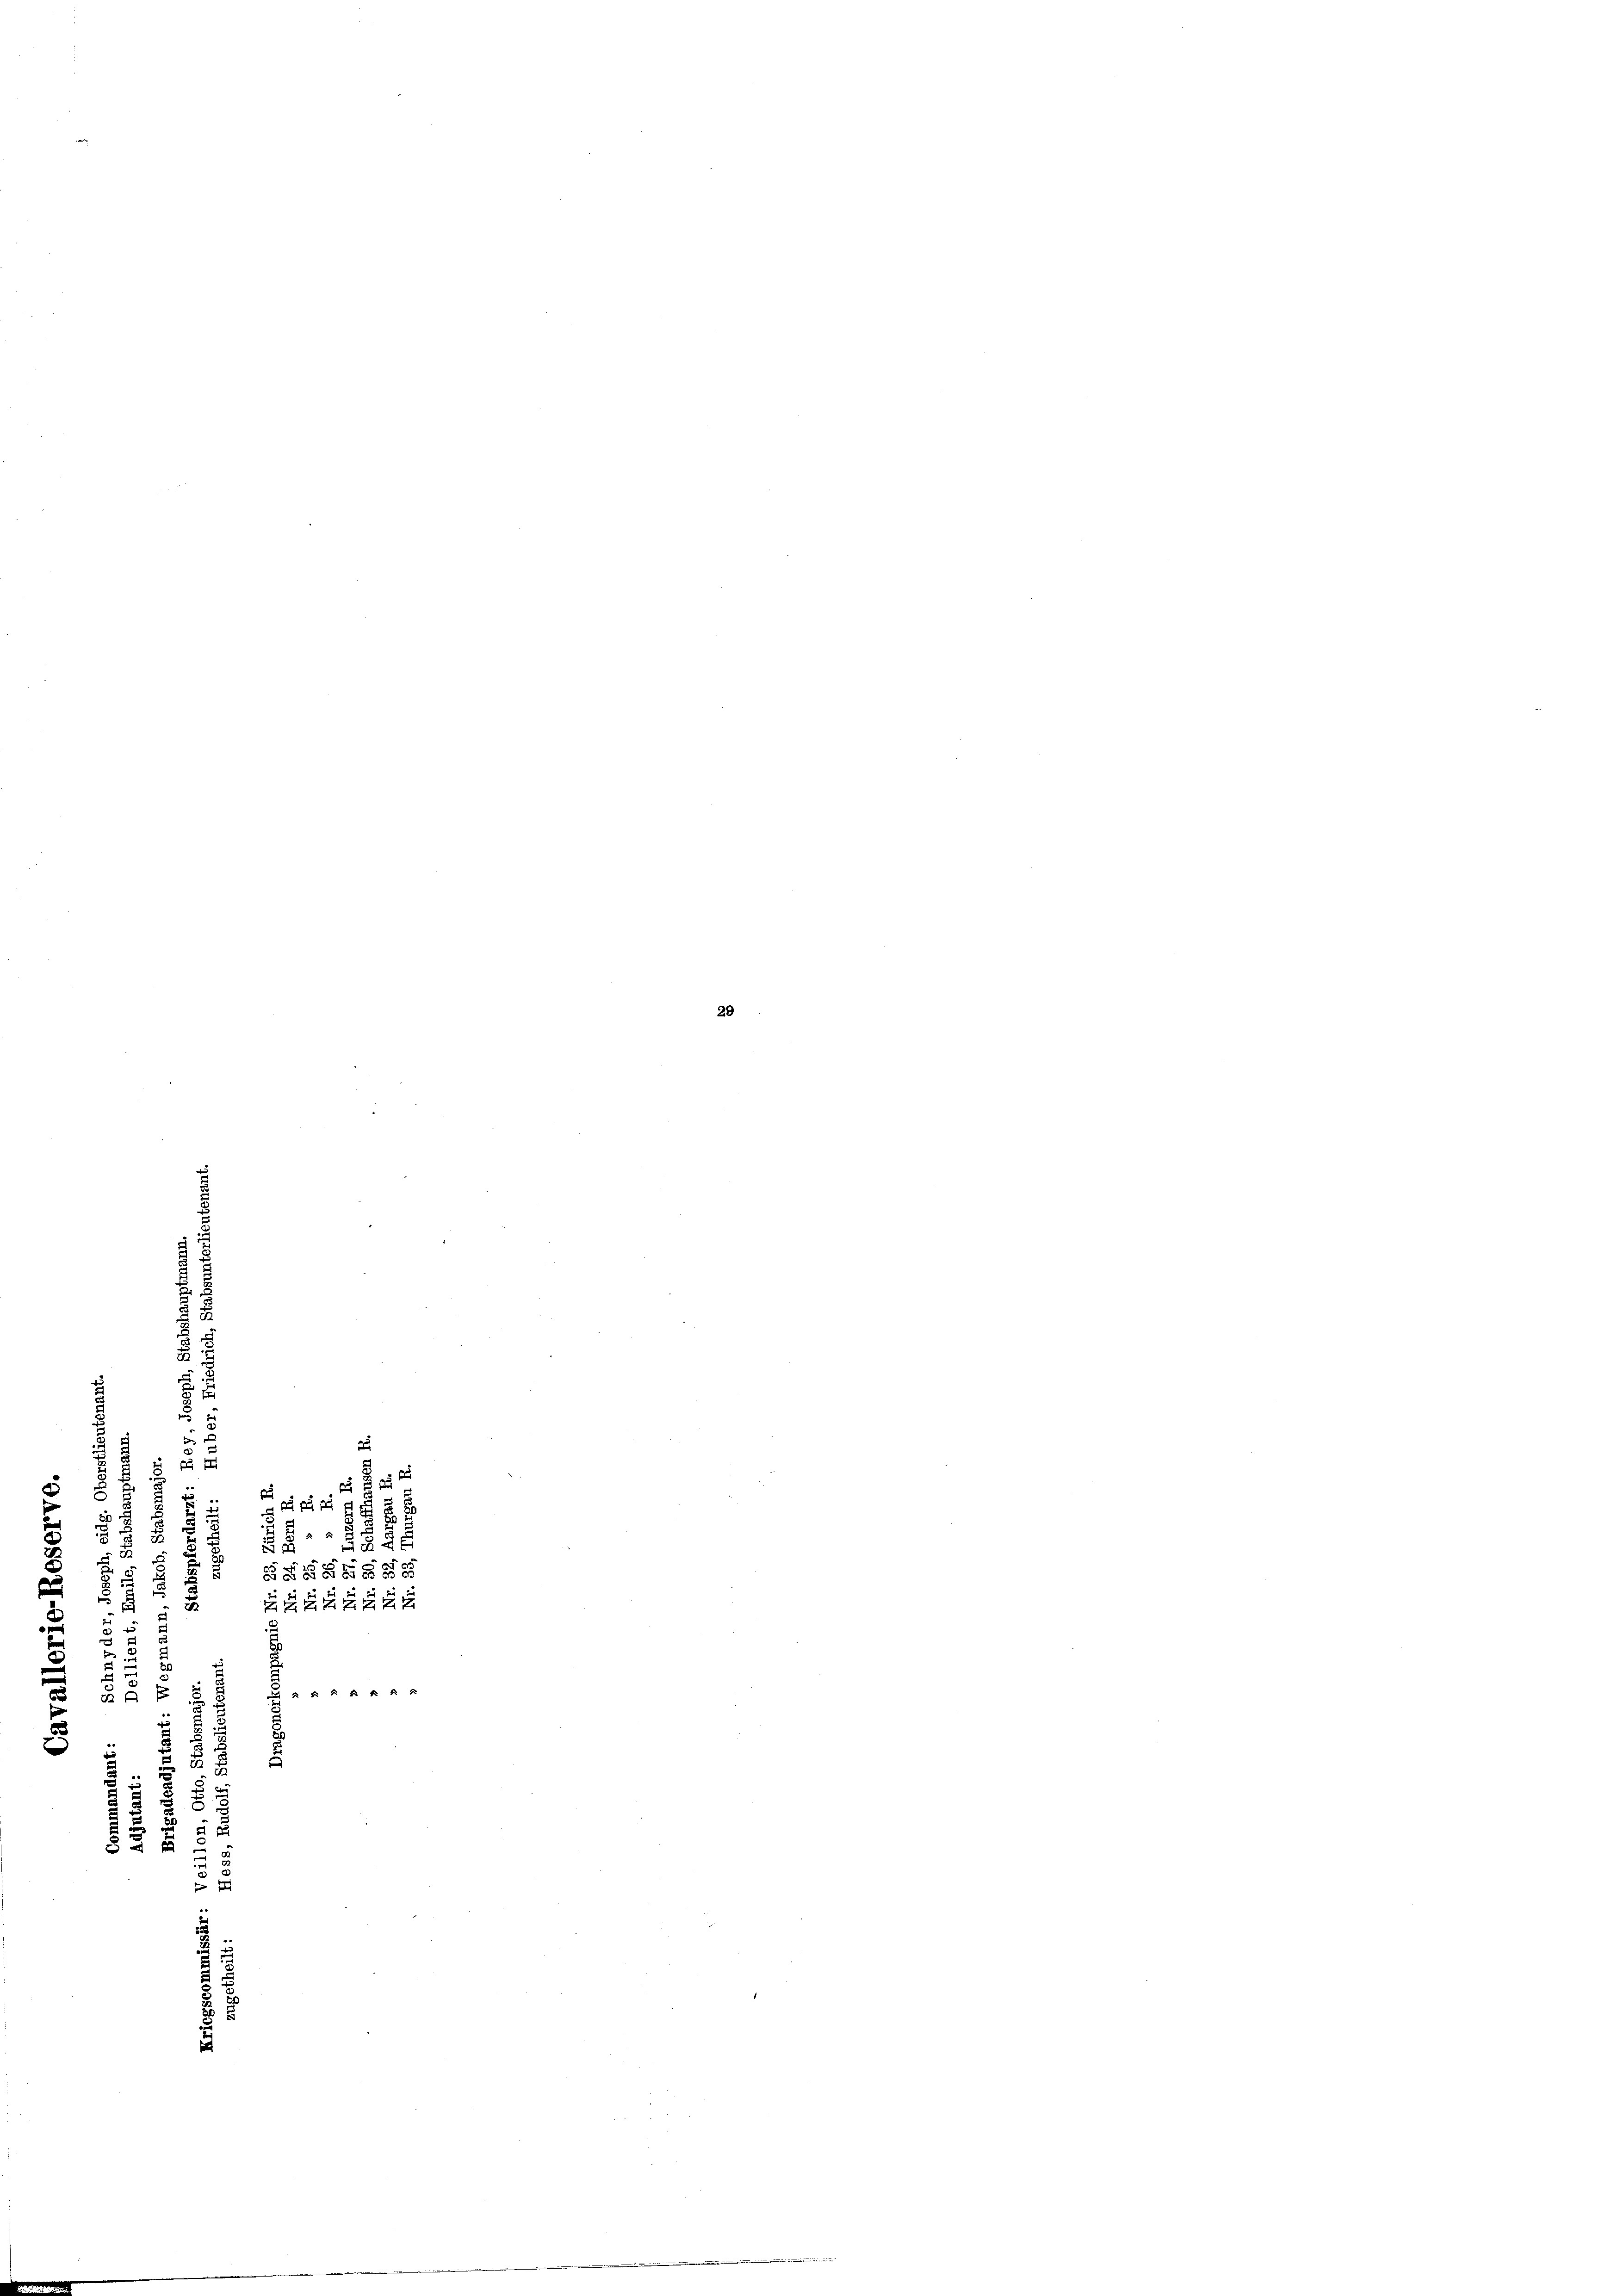
2
u
.
d
dz g
.
u

r
2

1
u
e
u
e

u
e

x
u
5
e
 4 f 4 x

n
5
e
e
d
 3
d

u
2
2
e

3 x

2
 3 x